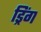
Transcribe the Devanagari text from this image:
ड्रिंग